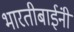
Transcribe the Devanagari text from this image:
भारतीबाईंनी